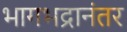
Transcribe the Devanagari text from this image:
भागभद्रानंतर